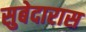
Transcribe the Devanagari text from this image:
सुबेदारास